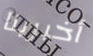
أخبرينا